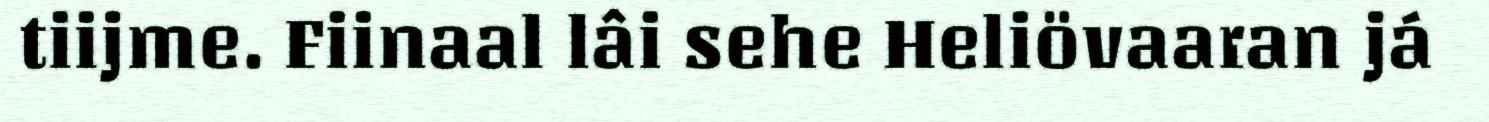
tiijme. Fiinaal lâi sehe Heliövaaran já